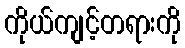
ကိုယ်ကျင့်တရားကို